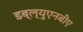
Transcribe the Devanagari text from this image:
डब्ल्युएनबीए